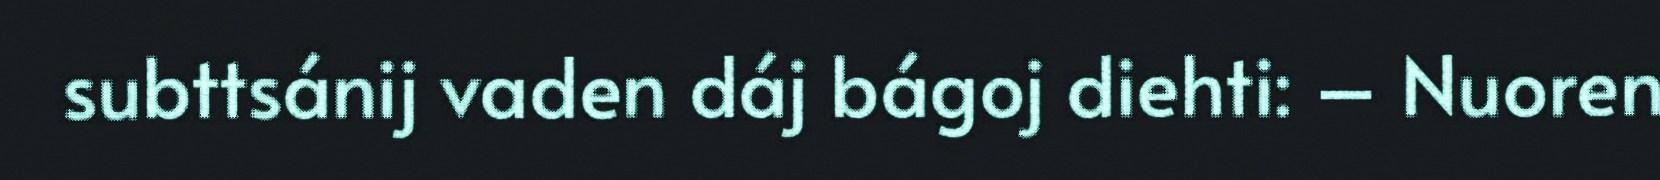
subttsánij vaden dáj bágoj diehti: – Nuoren